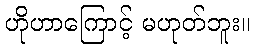
ဟိုဟာကြောင့် မဟုတ်ဘူး။